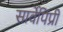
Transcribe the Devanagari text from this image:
सार्वेपिंप्री